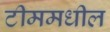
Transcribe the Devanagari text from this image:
टीममधील